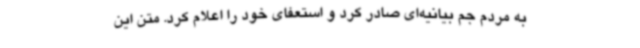
به مردم جم بیانیه‌ای صادر کرد و استعفای خود را اعلام کرد. متن این